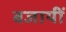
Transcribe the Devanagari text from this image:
बजायीं